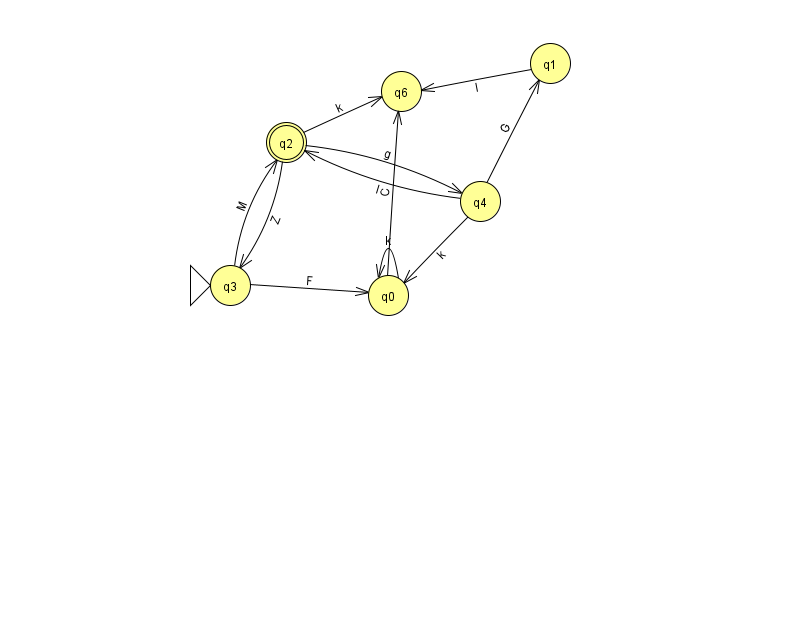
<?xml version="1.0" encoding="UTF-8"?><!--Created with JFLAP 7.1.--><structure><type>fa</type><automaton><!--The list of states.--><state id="0" name="q0"><x>388.0</x><y>282.0</y></state><state id="1" name="q1"><x>550.0</x><y>50.0</y></state><state id="2" name="q2"><x>286.0</x><y>129.0</y><final/></state><state id="3" name="q3"><x>230.0</x><y>272.0</y><initial/></state><state id="4" name="q4"><x>480.0</x><y>188.0</y></state><state id="6" name="q6"><x>401.0</x><y>78.0</y></state><!--The list of transitions.--><transition><from>4</from><to>0</to><read>k</read></transition><transition><from>4</from><to>1</to><read>G</read></transition><transition><from>2</from><to>4</to><read>g</read></transition><transition><from>1</from><to>6</to><read>I</read></transition><transition><from>4</from><to>2</to><read>I</read></transition><transition><from>3</from><to>0</to><read>F</read></transition><transition><from>3</from><to>2</to><read>M</read></transition><transition><from>0</from><to>0</to><read>k</read></transition><transition><from>2</from><to>6</to><read>k</read></transition><transition><from>2</from><to>3</to><read>Z</read></transition><transition><from>0</from><to>6</to><read>C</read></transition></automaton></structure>